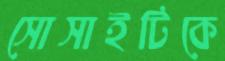
সোসাইটিকে